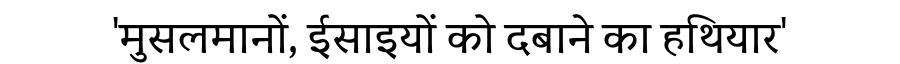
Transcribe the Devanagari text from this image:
'मुसलमानों, ईसाइयों को दबाने का हथियार'